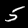
Digit: 5